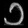
Digit: ၁